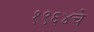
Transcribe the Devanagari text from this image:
१९६४चे